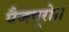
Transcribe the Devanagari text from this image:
पैजपूरो।।